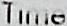
TIME